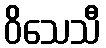
ဝိသေသီ